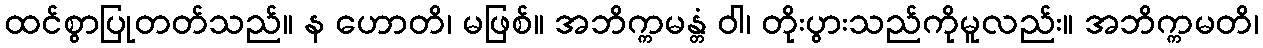
ထင်စွာပြုတတ်သည်။ န ဟောတိ၊ မဖြစ်။ အဘိက္ကမန္တံ ဝါ၊ တိုးပွားသည်ကိုမူလည်း။ အဘိက္ကမတိ၊